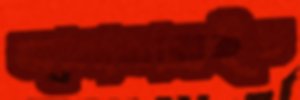
জানামাত্রইচ